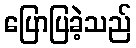
ပြောပြခဲ့သည်